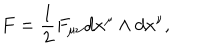
LaTeX: F = { \frac { 1 } { 2 } } F _ { \mu \nu } d x ^ { \mu } \wedge d x ^ { \nu } ,